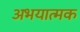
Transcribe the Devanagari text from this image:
अभयात्मक